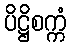
ပိဋ္ဌိစက္ကံ